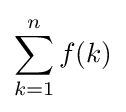
\sum _{k=1}^{n}f(k)